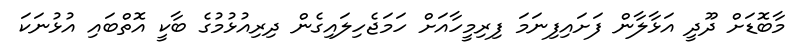
މާބޮޑަށް ދޫދީ އަޅާލާން ފަށައިފިނަމަ ފިރިމީހާއަށް ހަމަޖެހިލައިގެން ދިރިއުޅުމުގެ ބާކީ އޮތްބައި އުޅުނަކަ